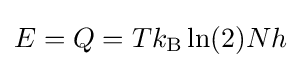
E=Q=Tk_{\mathrm {B} }\ln(2)Nh